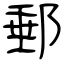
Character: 郵